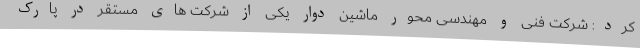
کرد: شرکت فنی و مهندسی محور ماشین دوار یکی از شرکت های مستقر در پارک